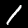
Label: 1